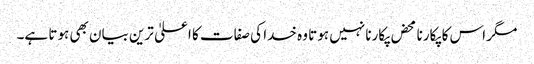
مگر اس کا پکارنا محض پکارنا نہیں ہوتا وہ خدا کی صفات کا اعلیٰ ترین بیان بھی ہوتا ہے۔